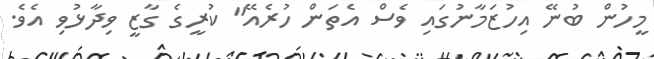
މީހުން ބުނޭ އިހުޒަމާނުގައި ވެސް އެތަން ހުރެއޭ" ކުރީގެ ގާޒީ ވިދާޅުވި އެވެ.